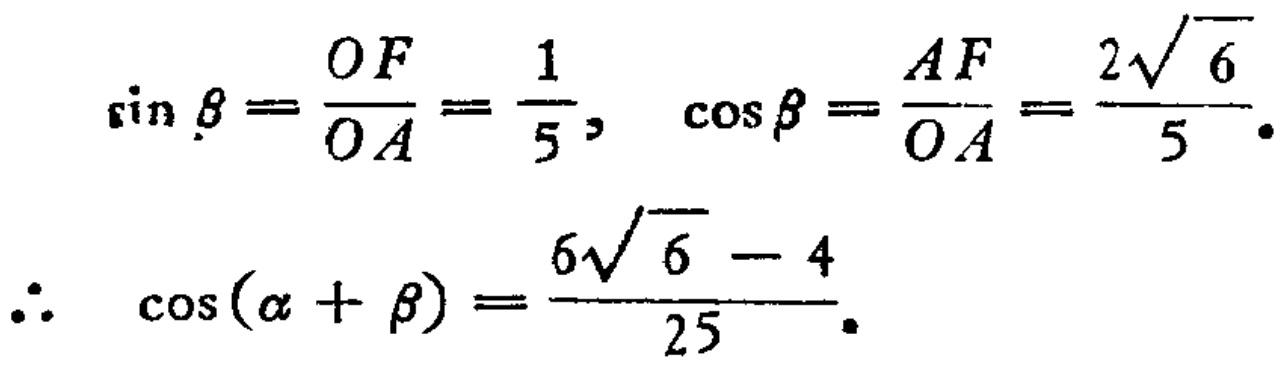
\[\begin{align*}

\sin\beta&=\frac{OF}{OA}=\frac{1}{5}, \quad \cos\beta=\frac{AF}{OA}=\frac{2\sqrt{6}}{5}.\\

\therefore \cos(\alpha + \beta)&=\frac{6\sqrt{6}-4}{25}.

\end{align*}\]